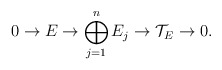
\begin{align*} 0 \rightarrow E \rightarrow \bigoplus_{j=1}^n E_j \rightarrow \mathcal{T}_E \rightarrow 0. \end{align*}